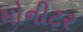
મોનીટર